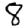
Digit: 8